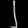
Digit: ၂